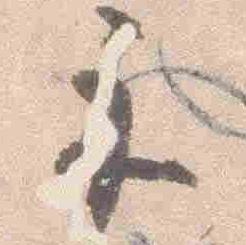
示